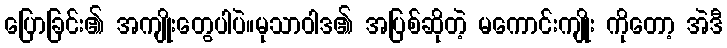
ပြောခြင်း၏ အကျိုးတွေပါပဲ။မုသာဝါဒ၏ အပြစ်ဆိုတဲ့ မကောင်းကျိုး ကိုတော့ အဲဒီ